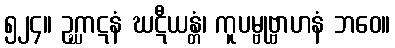
၅၂၄။ ဥဂ္ဃာဋနံ ဃဋီယန္တံ၊ ကူပမ္ဗုဗ္ဗာဟနံ ဘဝေ။